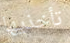
تأخذيها